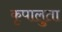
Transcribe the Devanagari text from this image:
कृपालुता